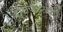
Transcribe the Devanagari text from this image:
बोलपटासाठी